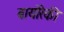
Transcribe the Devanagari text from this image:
बायोरेकी